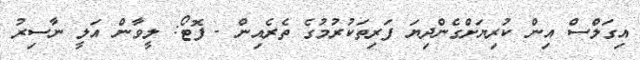
އިގަލްސް އިން ކުރިޔަށްގެންދިޔަ ފަރިތަކުރުމުގެ ތެރެއިން - ފޮޓޯ: ލީވާން އަލީ ނާސިރު